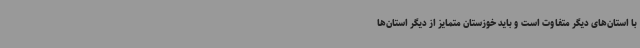
با استان‌های دیگر متفاوت است و باید خوزستان متمایز از دیگر استان‌ها